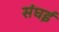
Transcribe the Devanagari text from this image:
संघई